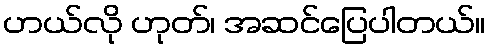
ဟယ်လို ဟုတ်၊ အဆင်ပြေပါတယ်။